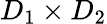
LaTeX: D_{1}\times D_{2}